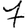
Digit: 7